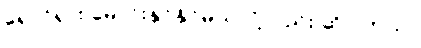
ရှောင်ရှား မောင်းနှင်နိုင်မယ်လို့လည်း ဆိုပါတယ်။